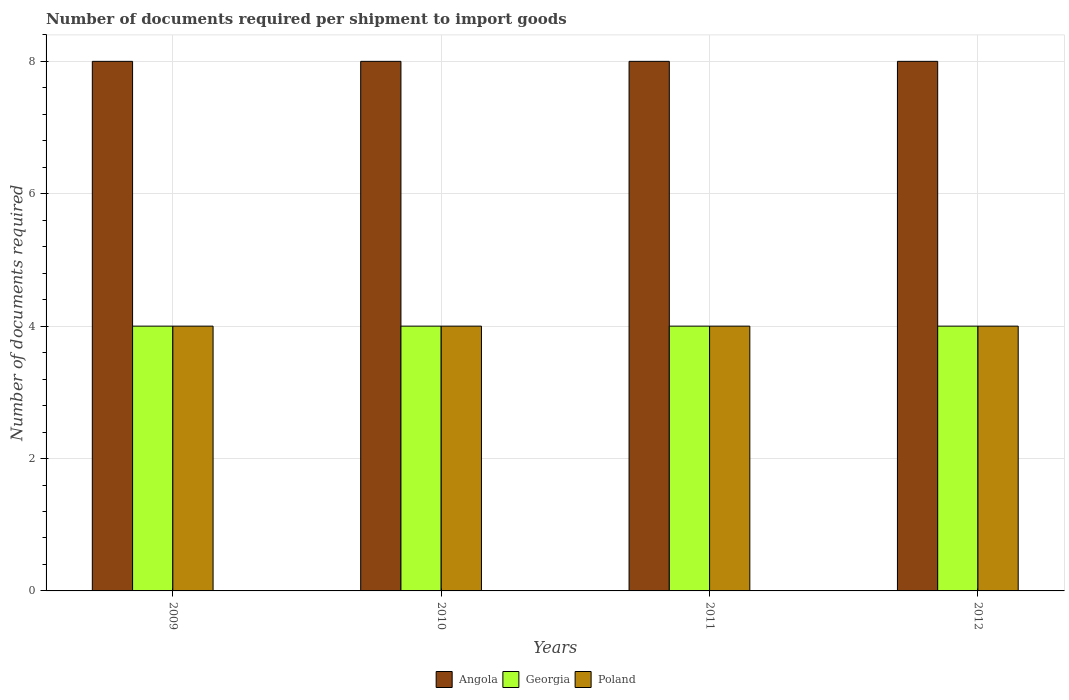
| Years | Angola | Georgia | Poland |
 | --- | --- | --- | --- |
 | 2009 | 8 | 4 | 4 |
 | 2010 | 8 | 4 | 4 |
 | 2011 | 8 | 4 | 4 |
 | 2012 | 8 | 4 | 4 |